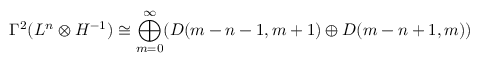
\Gamma ^ { 2 } ( L ^ { n } \otimes H ^ { - 1 } ) \cong \bigoplus _ { m = 0 } ^ { \infty } ( D ( m - n - 1 , m + 1 ) \oplus D ( m - n + 1 , m ) )